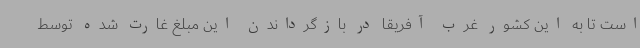
است تا به این کشور غرب آفریقا در بازگرداندن این مبلغ غارت شده توسط